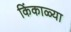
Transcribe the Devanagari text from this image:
किंकाळ्या